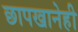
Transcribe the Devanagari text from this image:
छापखानेही